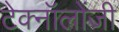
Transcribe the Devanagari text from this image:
टेक्नॉलोंजी